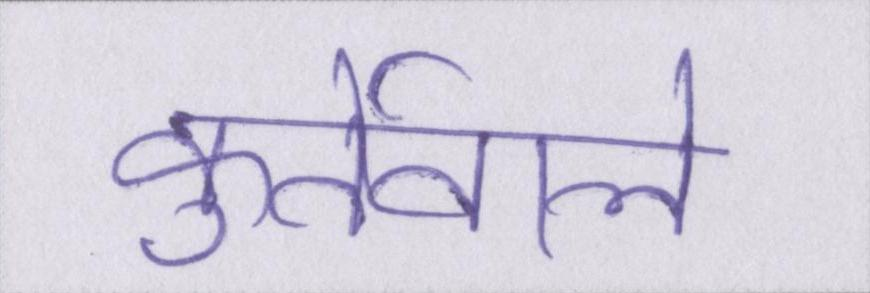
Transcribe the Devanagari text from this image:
कुर्तेवाले